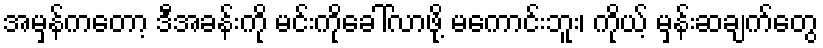
အမှန်ကတော့ ဒီအခန်းကို မင်းကိုခေါ်လာဖို့ မကောင်းဘူး၊ ကိုယ့် မှန်းဆချက်တွေ